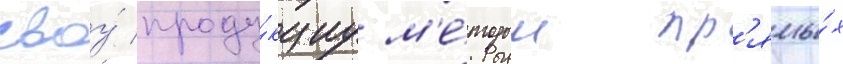
своу́ проду́кциу м'е́тодом пр'ямы́х